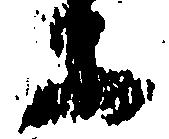
等